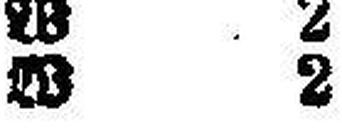
W 2